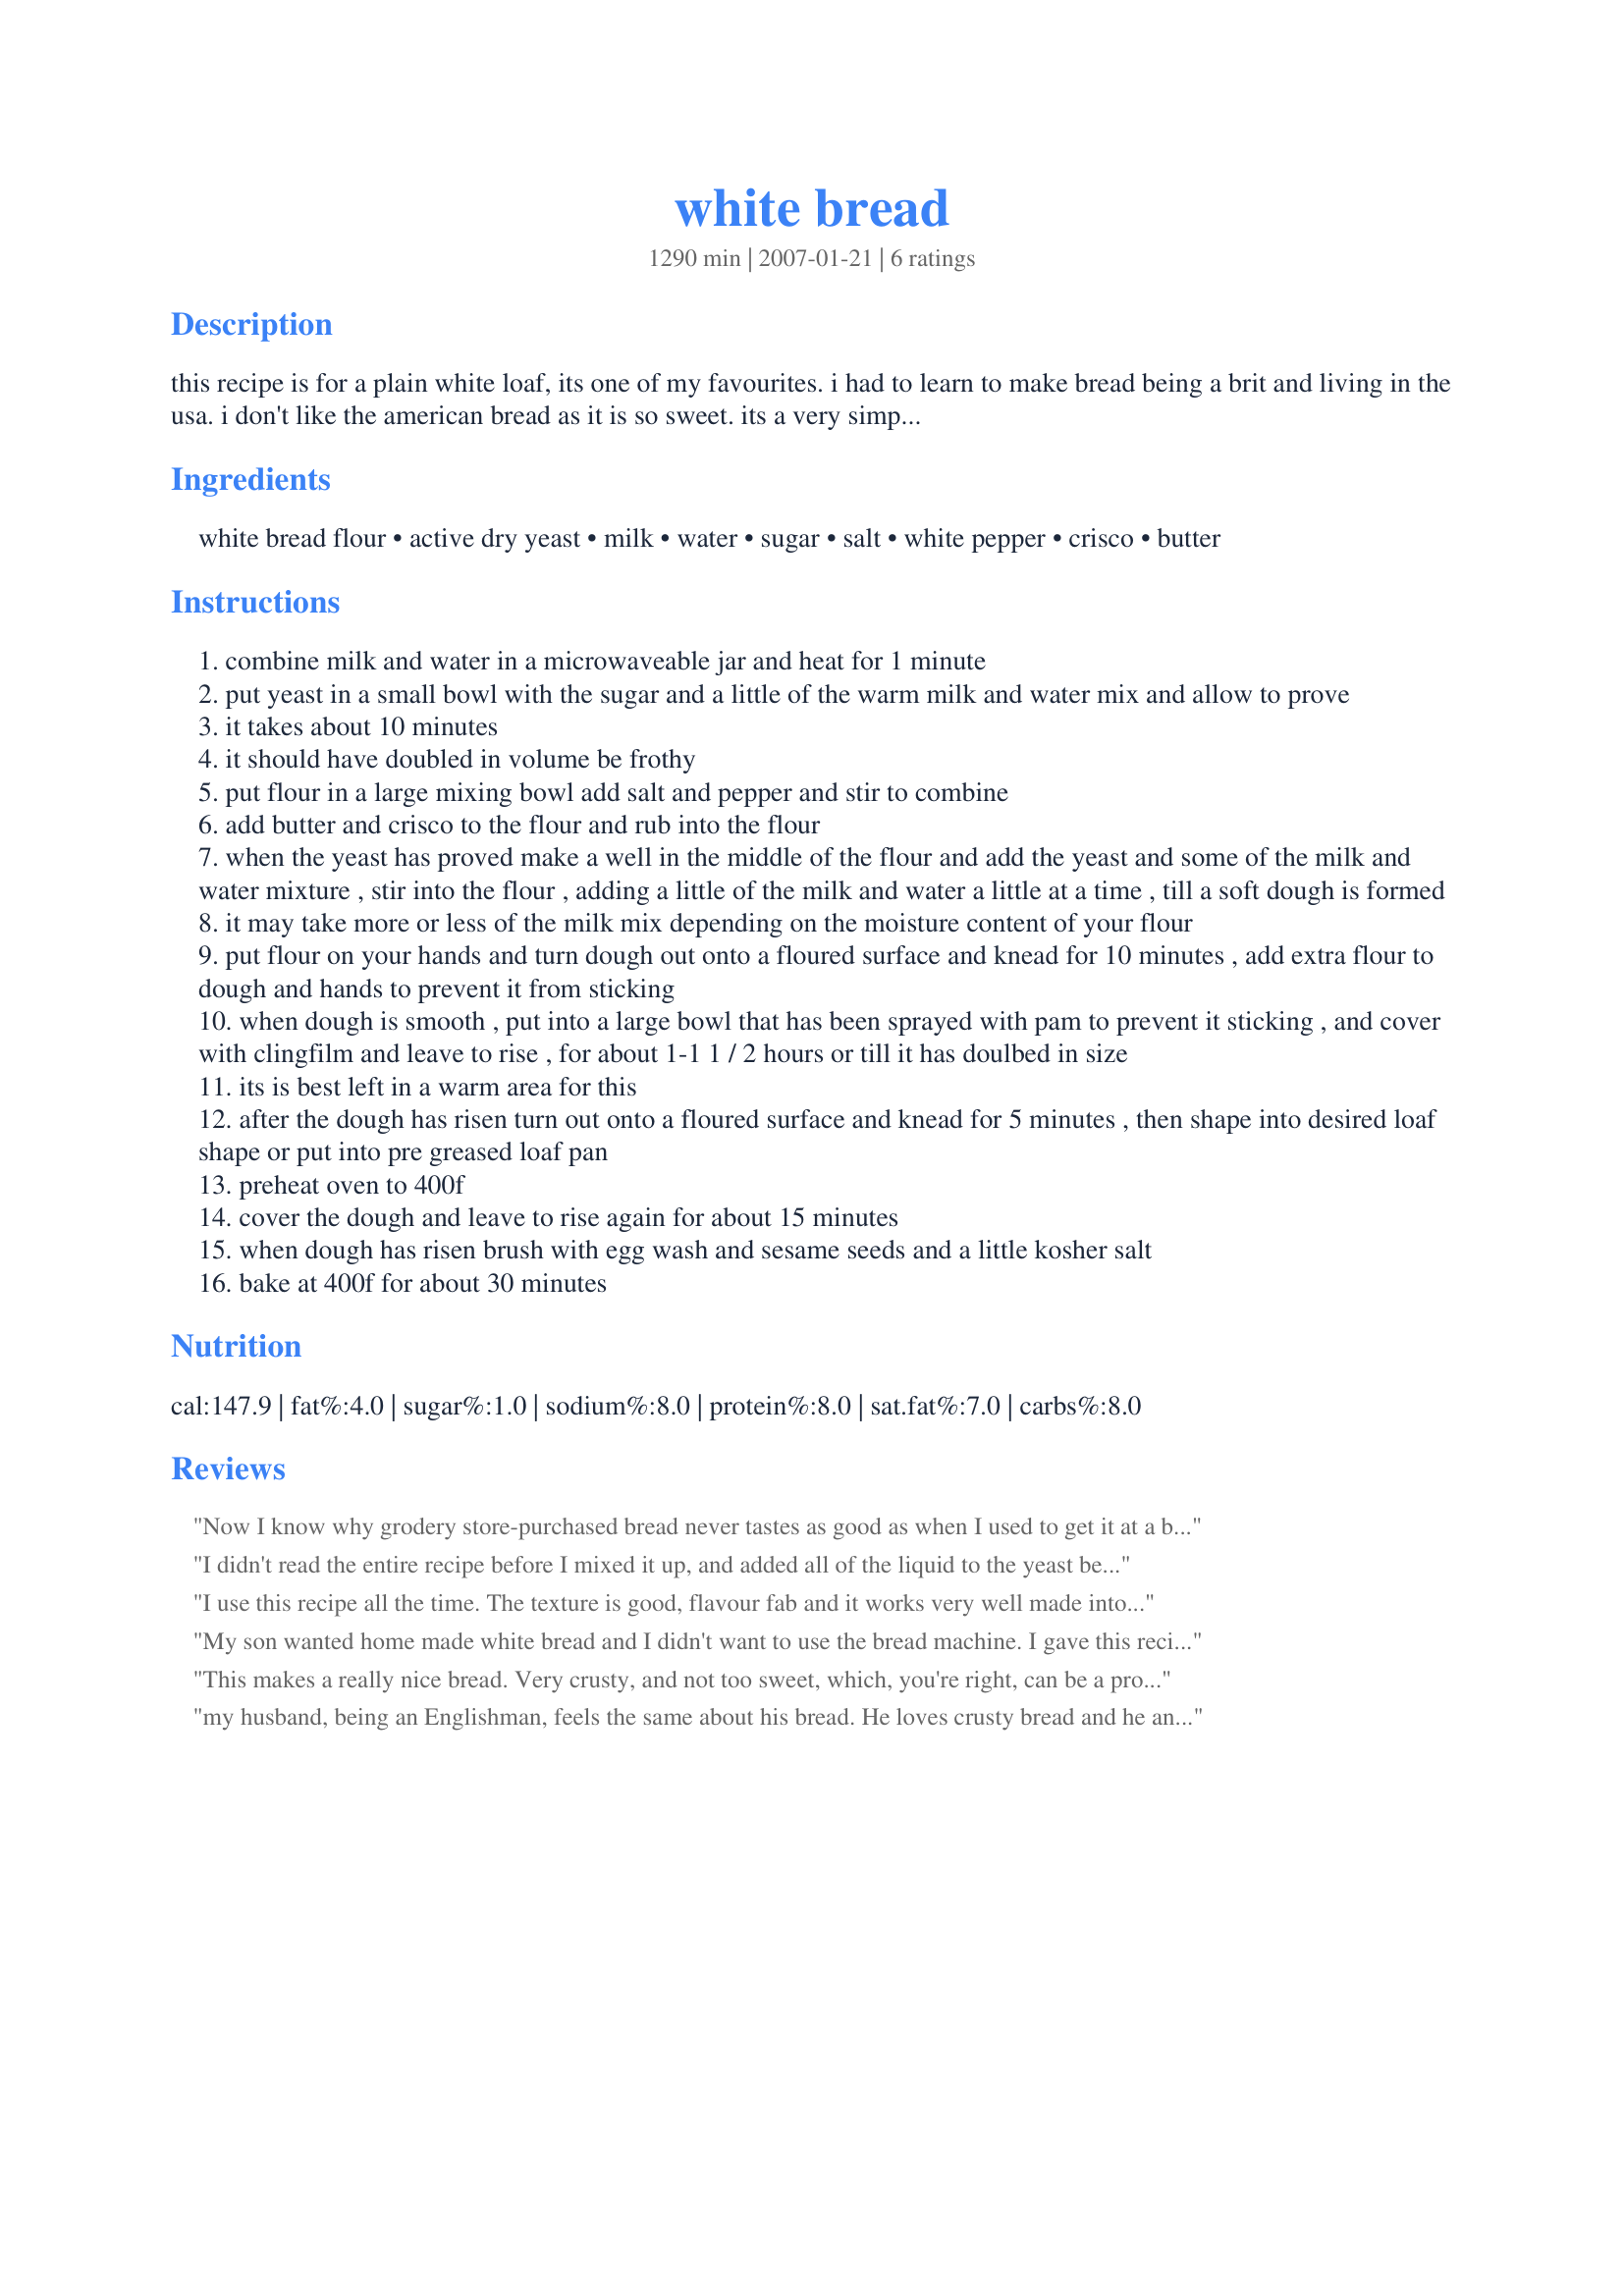
white bread
Preparation time: 1290 minutes

this recipe is for a plain white loaf, its one of my favourites. i had to learn to make bread being a brit and living in the usa. i don't like the american bread as it is so sweet. its a very simple recipe. i make it by hand. i have tried and do still own a bread machine, but i found it came out like a cakey texture and the texture to me is important. i usually double or triple this recipe as the dough keeps well in the fridge for about 3 days. if you have company staying with you, it's nice to have for breakfast--the smell of bread baking is wonderful and homey.

Ingredients:
white bread flour, active dry yeast, milk, water, sugar, salt, white pepper, crisco, butter

Steps:
combine milk and water in a microwaveable jar and heat for 1 minute
put yeast in a small bowl with the sugar and a little of the warm milk and water mix and allow to prove
it takes about 10 minutes
it should have doubled in volume be frothy
put flour in a large mixing bowl add salt and pepper and stir to combine
add butter and crisco to the flour and rub into the flour
when the yeast has proved make a well in the middle of the flour and add the yeast and some of the milk and water mixture , stir into the flour , adding a little of the milk and water a little at a time , till a soft dough is formed
it may take more or less of the milk mix depending on the moisture content of your flour
put flour on your hands and turn dough out onto a floured surface and knead for 10 minutes , add extra flour to dough and hands to prevent it from sticking
when dough is smooth , put into a large bowl that has been sprayed with pam to prevent it sticking , and cover with clingfilm and leave to rise , for about 1-1 1 / 2 hours or till it has doulbed in size
its is best left in a warm area for this
after the dough has risen turn out onto a floured surface and knead for 5 minutes , then shape into desired loaf shape or put into pre greased loaf pan
preheat oven to 400f
cover the dough and leave to rise again for about 15 minutes
when dough has risen brush with egg wash and sesame seeds and a little kosher salt
bake at 400f for about 30 minutes

Reviews:
Now I know why grodery store-purchased bread never tastes as good as when I used to get it at a bakery that went out of business. This bread tasted just like it, it was wonderful! I didn't realize about the sugar. I had an issue with my bread machine, and my loaf fell in the middle, so I didn't take a photo. This was NOT the fault of the recipe, and I will make this again! Even with that problem the bread was crusty on the outside with a delishiously tender and dense texture which we love. My husband and I ate so much of it warm with butter that we may skip dinner tonight! Thanks for a keeper recipe.
I didn't read the entire recipe before I mixed it up, and added all of the liquid to the yeast before adding the dry ingredients. MISTAKE!!! Because of the huge amount of liquid the dough was very soft after I had added the flour called for, and I needed to add a full 2 cups more flour before I could even handle it. I would definitely make this bread again, however I will adjust the sugar, salt and white pepper to allow for the additional flour necessary. I made 2 big loves, and they had excellent crust and crumb. The flavour is that of a good old fashioned loaf without all the rise time. The addition of salt to the crust before baking is a nice surprise. Thanks for an excellent recipe.
I use this recipe all the time. The texture is good, flavour fab and it works very well made into bread rolls. I adjust the cooking time accordingly, when golden, tap the underneath of the rolls, when it sounds hollow they are done!
Thanks Chris its a keeper!
My son wanted home made white bread and I didn't want to use the bread machine. I gave this recipe a try after reading the reviews. I used 1/2% milk for all of the liquid. The bread turned out very well, nice and soft and tasty! It's definitely a keeper and I'll be making more. Thanks!
This makes a really nice bread. Very crusty, and not too sweet, which, you're right, can be a problem with manufactured bread. I did this in my stand mixer with the dough hook attachment, and found that the kneading times given were roughly equivalent. Inspired by your pic, I also decided to try to shape it into a pretty braid, but I'm just not that good, so mine wasn't nearly so nice. Still, it was delicious spread with some pear preserves from my friend's garden. A five star keeper, for sure.
my husband, being an Englishman, feels the same about his bread. He loves crusty bread and he and i both love this recipe. Heuses it all the time now but he does it in our bread machine and it comes out just right. Thanks for sharing this is a keeper! I love to use it for toast especially, it is delish!
